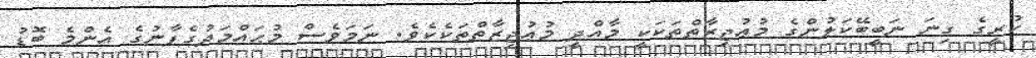
ކުރީގެ ގިނަ ނަބީބޭކަލުންގެ މުޢުޖިޒާތްތަކަކީ މާއްދީ މުޢުޖިޒާތްތަކެކެވެ. ނަމަވެސް މުޙައްމަދުގެފާނުގެ އެންމެ ބޮޑު